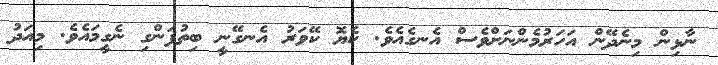
ނާޅިން މިނެދޭން އަހަރުމެންނަށްވެސް އެނގެއެވެ. ކެޔޮ ކޭވަރު އެނގޭނީ ބިތުފަންގި ނެގީމައެވެ. މިއަދު